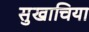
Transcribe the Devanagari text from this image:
सुखाचिया